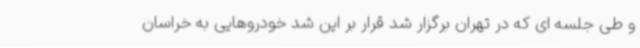
و طی جلسه ای که در تهران برگزار شد قرار بر این شد خودروهایی به خراسان